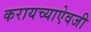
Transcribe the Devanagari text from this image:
करायच्याऐवजी